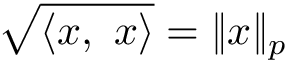
{ \sqrt { \langle x , \ x \rangle } } = \| x \| _ { p }